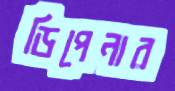
ডিপেনার